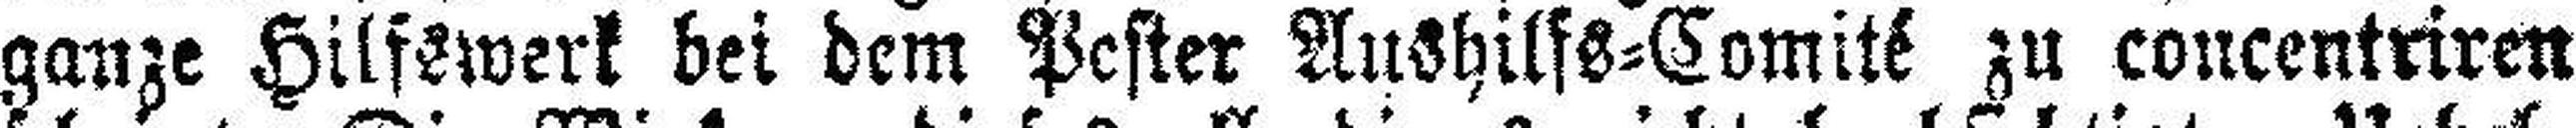
ganze Hilfswerk bei dem Pester Aushilfs=Comité zu concentriren